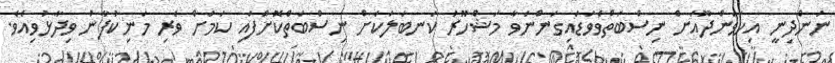
ނަންދިނީ އިހަވަންދޫއަށް ނިސްބަތްވެވަޑައިގަންނަވާ މަޝްހޫރު ކަނބަލަކަށް ނިސްބަތްކޮށްފައި ކަމަށް ވެރި މަނިކުފާނު ވިދާޅުވިއެވެ.